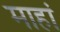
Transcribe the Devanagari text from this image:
माहां